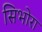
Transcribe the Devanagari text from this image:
सिभोरा